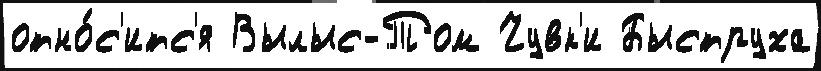
отно́с'итс'я Вылыс-Том Чувк'и Быструха